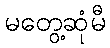
မတွေ့ဆုံမီ